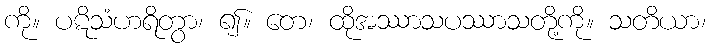
ကို။ ပဋိသံဟရိတွာ၊ ၍။ တေ၊ ထိုအဿာသပဿာသတို့ကို။ သတိယာ၊